Report of the veterinary officer investigating camel disease
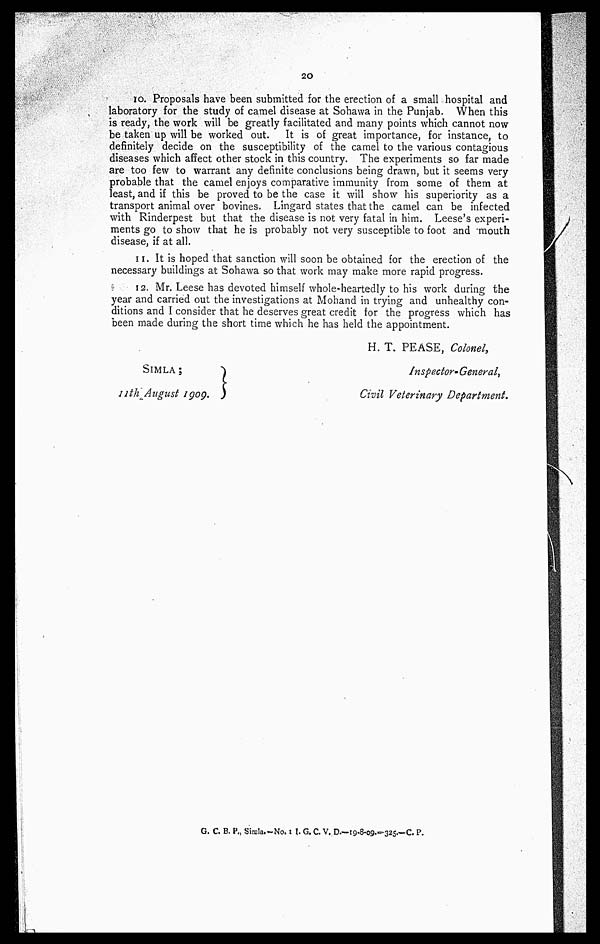
20
10. Proposals have been submitted for the erection of a small hospital and
laboratory for the study of camel disease at Sohawa in the Punjab. When this
is ready, the work will be greatly facilitated and many points which cannot now
be taken up will be worked out. It is of great importance, for instance, to
definitely decide on the susceptibility of the camel to the various contagious
diseases which affect other stock in this country. The experiments so far made
are too few to warrant any definite conclusions being drawn, but it seems very
probable that the camel enjoys comparative immunity from some of them at
least, and if this be proved to be the case it will show his superiority as a
transport animal over bovines. Lingard states that the camel can be infected
with Rinderpest but that the disease is not very fatal in him. Leese's experi-
ments go to show that he is probably not very susceptible to foot and 'mouth.
disease, if at all.
II. It is hoped that sanction will soon be obtained for the erection of the
necessary buildings at Sohawa so that work may make more rapid progress.
12. Mr. Leese has devoted himself whole-heartedly to his work during the
year and carried out the investigations at Mohand in trying and unhealthy con-
ditions and I consider that he deserves great credit for the progress which has
been made during the short time which he has held the appointment.
SIMLA ;
11th August 1909.
H. T. PEASE, Colonel,
Inspector- General,
Civil Veterinary Department.
G. C. B. P., Simla.-No. II. G. C. V. D— 19-8-09.-325.-C. P.